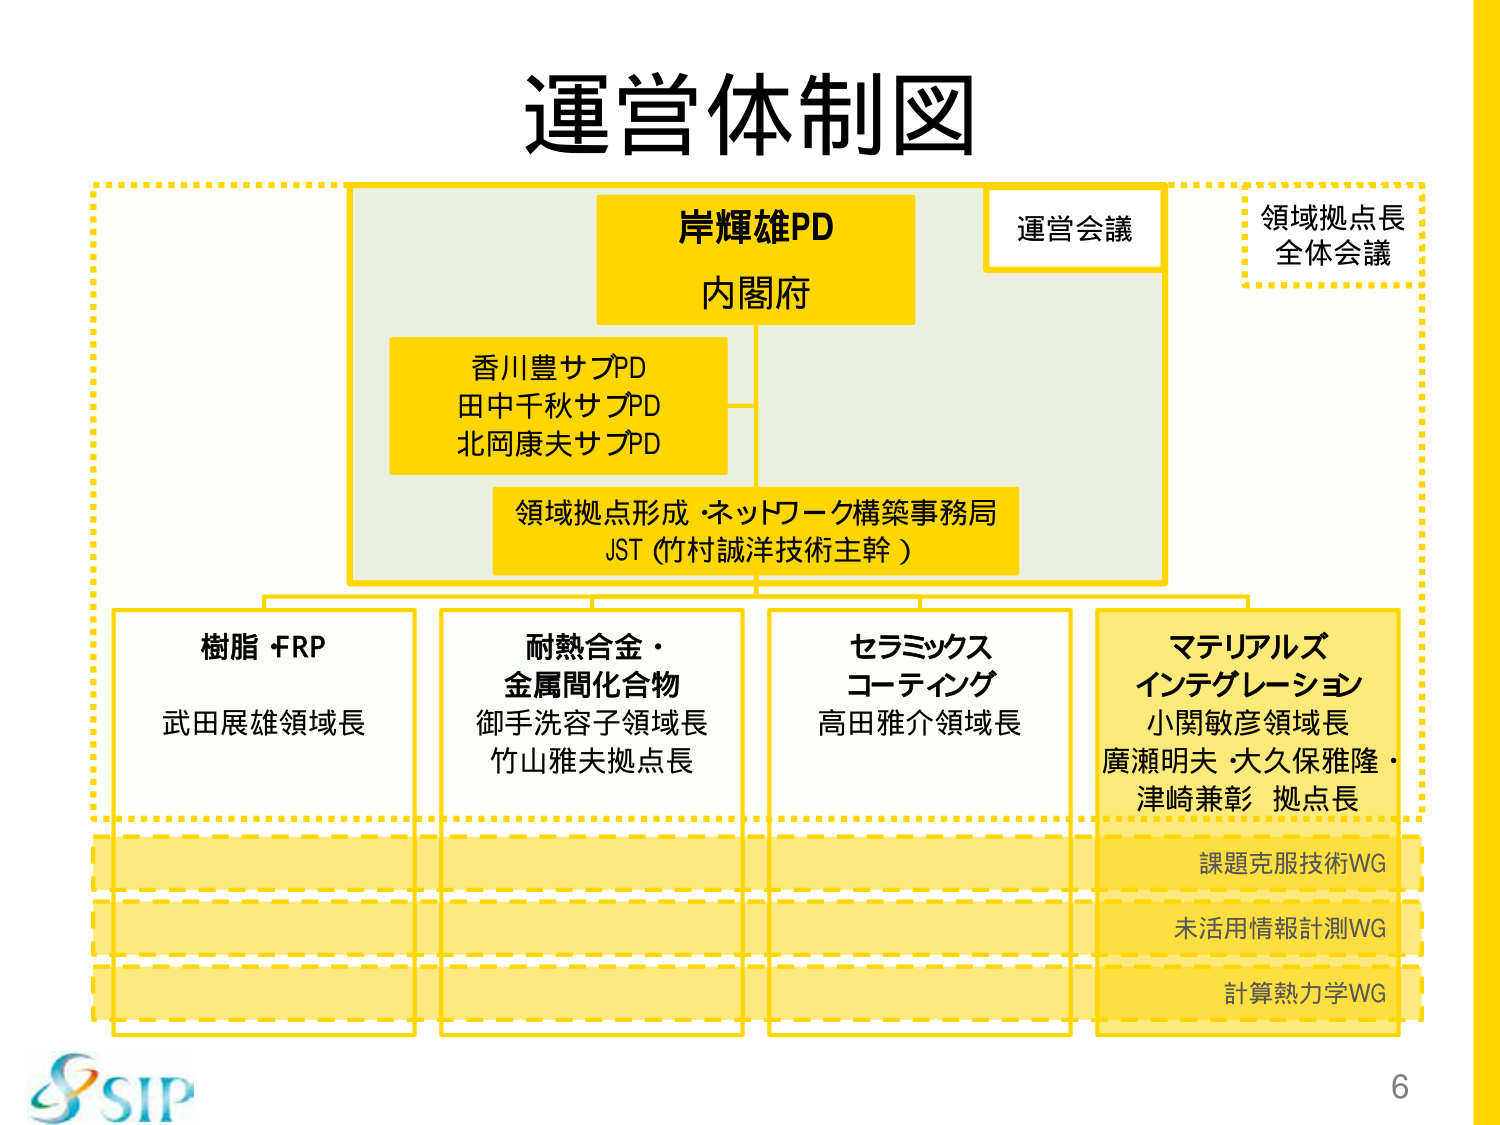
運営体制図

岸輝雄PD
内閣府

運営会議

領域拠点長
全体会議

香川豊サブPD
田中千秋サブPD
北岡康夫サブPD

領域拠点形成・ネットワーク構築事務局
JST（竹村誠洋技術主幹）

樹脂・FRP
武田展雄領域長

耐熱合金・
金属間化合物
御手洗容子領域長
竹山雅夫拠点長

セラミックス
コーティング
高田雅介領域長

マテリアルズ
インテグレーション
小関敏彦領域長
廣瀬明夫・大久保雅隆・
津崎兼彰 拠点長

課題克服技術WG
未活用情報計測WG
計算熱力学WG

SIP
6